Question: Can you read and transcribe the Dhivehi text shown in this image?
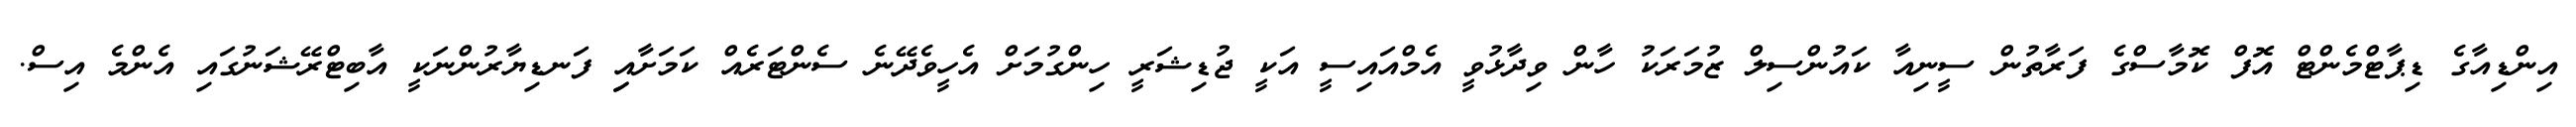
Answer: އިންޑިއާގެ ޑިޕާޓްމެންޓް އޮފް ކޮމާސްގެ ފަރާތުން ސީނިއާ ކައުންސިލް ޒުމަރަކު ހާން ވިދާޅުވީ އެމްއައިސީ އަކީ ޖުޑިޝަރީ ހިންގުމަށް އެހީވެދޭނެ ސެންޓަރެއް ކަމަށާއިި ފަނޑިޔާރުންނަކީ އާބިޓްރޭޝަނުގައި އެންމެ އިސް.